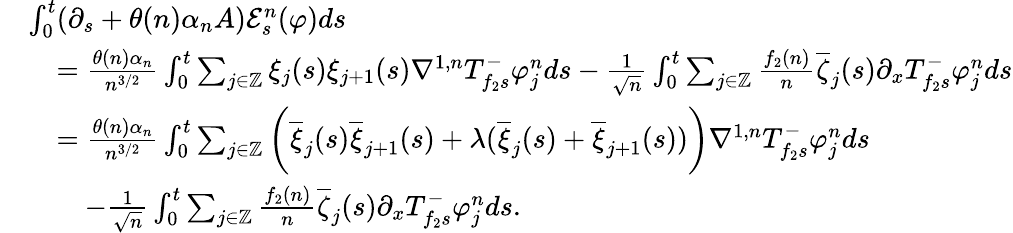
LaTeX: \begin{array}{rl}&{\int_{0}^{t}(\partial_{s}+\theta(n)\alpha_{n}A)\mathcal{E}_{s}^{n}(\varphi)ds}\\ &{\quad=\frac{\theta(n)\alpha_{n}}{n^{3/2}}\int_{0}^{t}\sum_{j\in\mathbb{Z}}\xi_{j}(s)\xi_{j+1}(s)\nabla^{1,n}T_{f_{2}s}^{-}\varphi_{j}^{n}ds-\frac{1}{\sqrt{n}}\int_{0}^{t}\sum_{j\in\mathbb{Z}}\frac{f_{2}(n)}{n}\overline{{\zeta}}_{j}(s)\partial_{x}T_{f_{2}s}^{-}\varphi_{j}^{n}ds}\\ &{\quad=\frac{\theta(n)\alpha_{n}}{n^{3/2}}\int_{0}^{t}\sum_{j\in\mathbb{Z}}\bigg(\overline{{\xi}}_{j}(s)\overline{{\xi}}_{j+1}(s)+\lambda(\overline{{\xi}}_{j}(s)+\overline{{\xi}}_{j+1}(s))\bigg)\nabla^{1,n}T_{f_{2}s}^{-}\varphi_{j}^{n}ds}\\ &{\qquad-\frac{1}{\sqrt{n}}\int_{0}^{t}\sum_{j\in\mathbb{Z}}\frac{f_{2}(n)}{n}\overline{{\zeta}}_{j}(s)\partial_{x}T_{f_{2}s}^{-}\varphi_{j}^{n}ds.}\end{array}